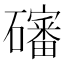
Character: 𱵁